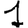
Digit: 1